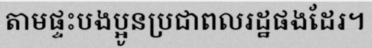
តាមផ្ទះបងប្អូនប្រជាពលរដ្ឋផងដែរ។